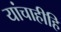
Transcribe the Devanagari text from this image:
यांचाहीहि